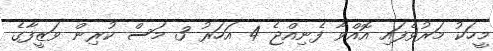
މީހަކު މަރުވެފައި އޮއްވާ ފެނިއްޖެ 4 އަހަރު 3 މަސް ކުރިން ވަޒީފާގެ